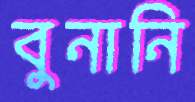
বুনানি